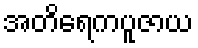
အတိရေကပူဇာယ